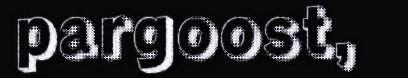
pargoost,